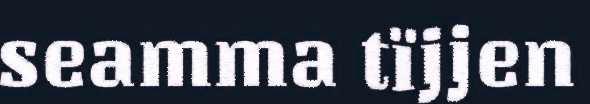
seamma tïjjen